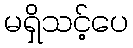
မရှိသင့်ပေ